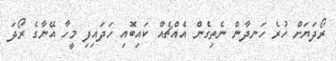
ރޯދަޔަށް ހުރެ ހަނދާން ނެތިގެން އެއްޗެއް ކައިބޮއި ހަދައިފި މީހާ އޭނާގެ ރޯދަ